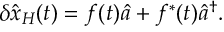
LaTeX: \delta \hat { x } _ { H } ( t ) = f ( t ) \hat { a } + f ^ { * } ( t ) \hat { a } ^ { \dagger } .